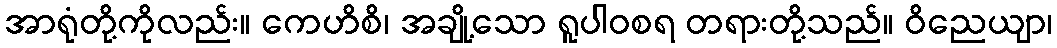
အာရုံတို့ကိုလည်း။ ကေဟိစိ၊ အချို့သော ရူပါဝစရ တရားတို့သည်။ ဝိညေယျာ၊